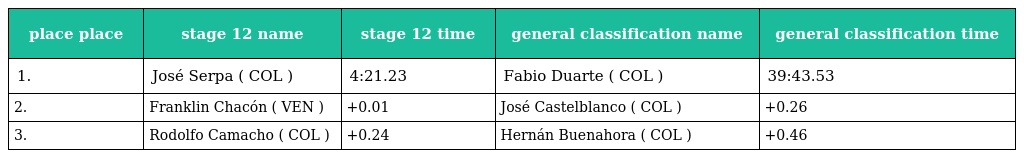
| place place | stage 12 name | stage 12 time | general classification name | general classification time |
 | --- | --- | --- | --- | --- |
 | 1. | José Serpa ( COL ) | 4:21.23 | Fabio Duarte ( COL ) | 39:43.53 |
 | 2. | Franklin Chacón ( VEN ) | +0.01 | José Castelblanco ( COL ) | +0.26 |
 | 3. | Rodolfo Camacho ( COL ) | +0.24 | Hernán Buenahora ( COL ) | +0.46 |